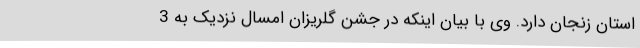
استان زنجان دارد. وی با بیان اینکه در جشن گلریزان امسال نزدیک به 3